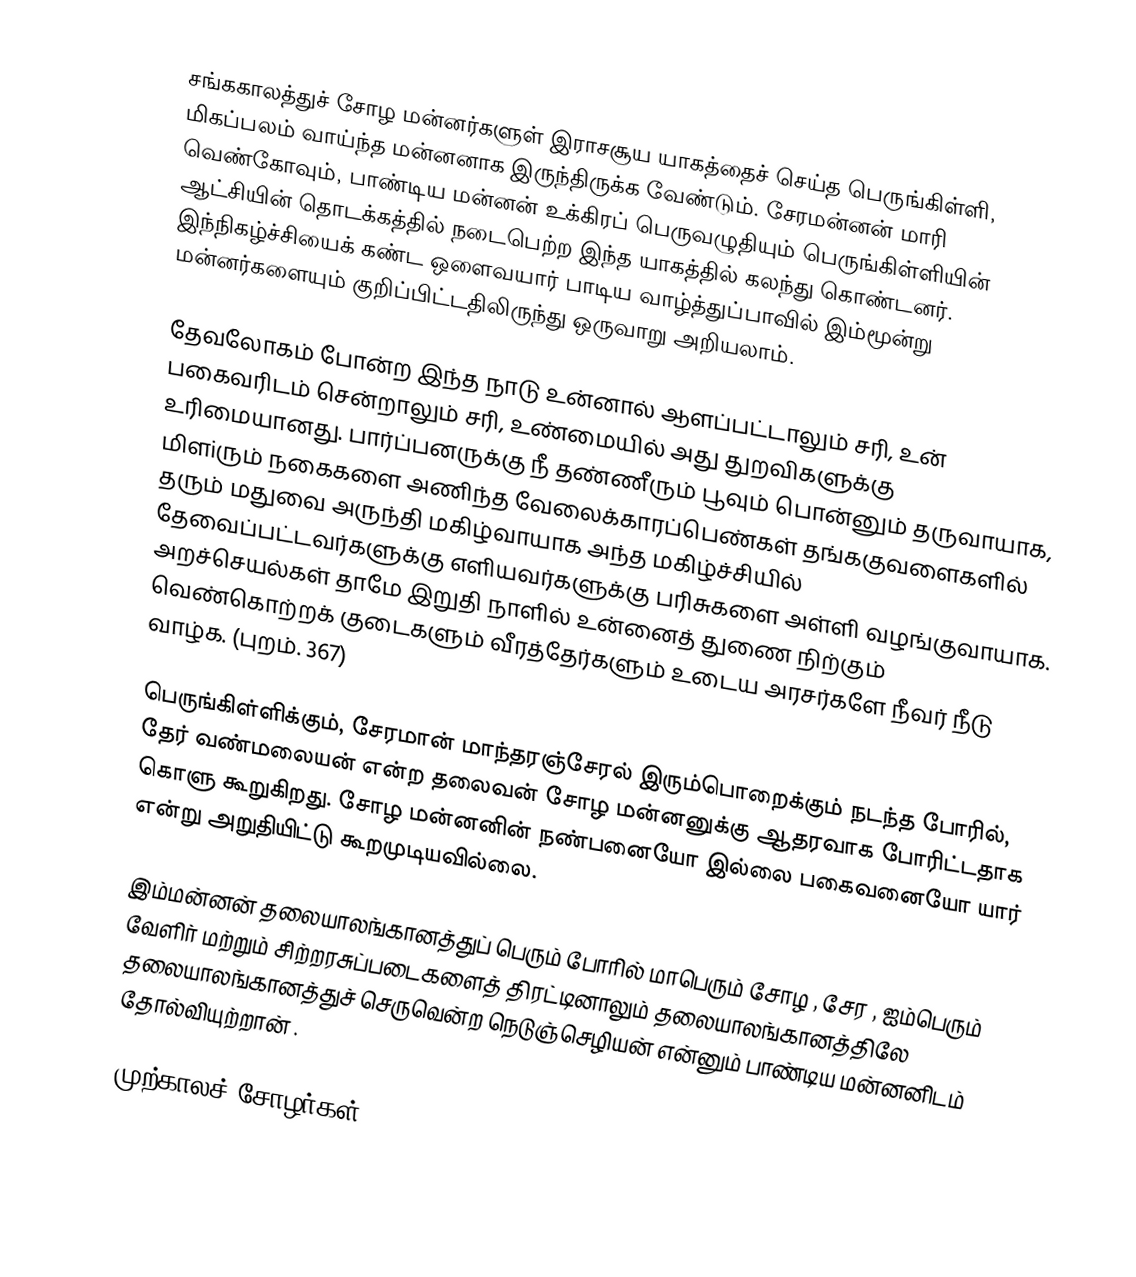
சங்ககாலத்துச் சோழ மன்னர்களுள் இராசசூய யாகத்தைச் செய்த பெருங்கிள்ளி, மிகப்பலம் வாய்ந்த மன்னனாக இருந்திருக்க வேண்டும். சேரமன்னன் மாரி வெண்கோவும், பாண்டிய மன்னன் உக்கிரப் பெருவழுதியும் பெருங்கிள்ளியின் ஆட்சியின் தொடக்கத்தில் நடைபெற்ற இந்த யாகத்தில் கலந்து கொண்டனர். இந்நிகழ்ச்சியைக் கண்ட ஒளைவயார் பாடிய வாழ்த்துப்பாவில் இம்மூன்று மன்னர்களையும் குறிப்பிட்டதிலிருந்து ஒருவாறு அறியலாம்.

தேவலோகம் போன்ற இந்த நாடு உன்னால் ஆளப்பட்டாலும் சரி, உன் பகைவரிடம் சென்றாலும் சரி, உண்மையில் அது துறவிகளுக்கு உரிமையானது. பார்ப்பனருக்கு நீ தண்ணீரும் பூவும் பொன்னும் தருவாயாக, மிளiரும் நகைகளை அணிந்த வேலைக்காரப்பெண்கள் தங்ககுவளைகளில் தரும் மதுவை அருந்தி மகிழ்வாயாக அந்த மகிழ்ச்சியில் தேவைப்பட்டவர்களுக்கு எளியவர்களுக்கு பரிசுகளை அள்ளி வழங்குவாயாக. அறச்செயல்கள் தாமே இறுதி நாளில் உன்னைத் துணை நிற்கும் வெண்கொற்றக் குடைகளும் வீரத்தேர்களும் உடைய அரசர்களே நீவர் நீடு வாழ்க. (புறம். 367)

பெருங்கிள்ளிக்கும், சேரமான் மாந்தரஞ்சேரல் இரும்பொறைக்கும் நடந்த போரில், தேர் வண்மலையன் என்ற தலைவன் சோழ மன்னனுக்கு ஆதரவாக போரிட்டதாக கொளு கூறுகிறது. சோழ மன்னனின் நண்பனையோ இல்லை பகைவனையோ யார் என்று அறுதியிட்டு கூறமுடியவில்லை.

இம்மன்னன் தலையாலங்கானத்துப் பெரும் போரில் மாபெரும் சோழ , சேர , ஐம்பெரும் வேளிர் மற்றும் சிற்றரசுப்படைகளைத் திரட்டினாலும் தலையாலங்கானத்திலே தலையாலங்கானத்துச் செருவென்ற நெடுஞ்செழியன்  என்னும் பாண்டிய மன்னனிடம் தோல்வியுற்றான் .

முற்காலச் சோழர்கள்